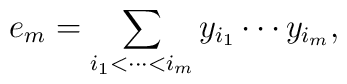
e_m=\sum_{i_{1}<\cdots <i_{m}}y_{i_{1}}\cdots y_{i_{m}},\quad